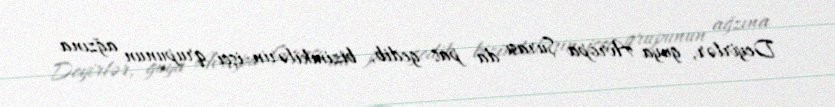
Deyirlər, guya Avropa Şurası da pas gedib, bizimkilərin-işçi qrupunun ağzına